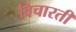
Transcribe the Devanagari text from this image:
विचारती